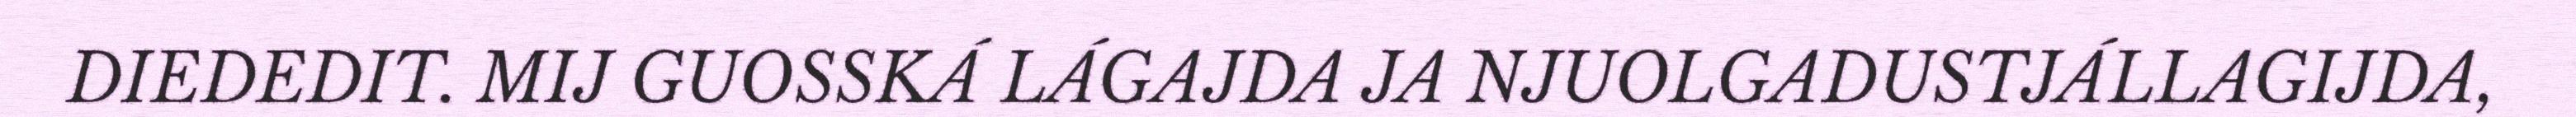
DIEDEDIT. MIJ GUOSSKÁ LÁGAJDA JA NJUOLGADUSTJÁLLAGIJDA,